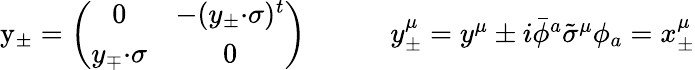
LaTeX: \begin{array}{cc}{{\mathrm{y}_{\pm}=\left(\begin{array}{cc}{{0}}&{{-(y_{\pm}{\cdot\sigma})^{t}}}\\ {{y_{\mp}{\cdot\sigma}}}&{{0}}\end{array}\right)~~~~}}&{{~~~~y_{\pm}^{\mu}=y^{\mu}\pm i\bar{\phi}{}^{a}\tilde{\sigma}^{\mu}\phi_{a}=x_{\pm}^{\mu}}}\end{array}